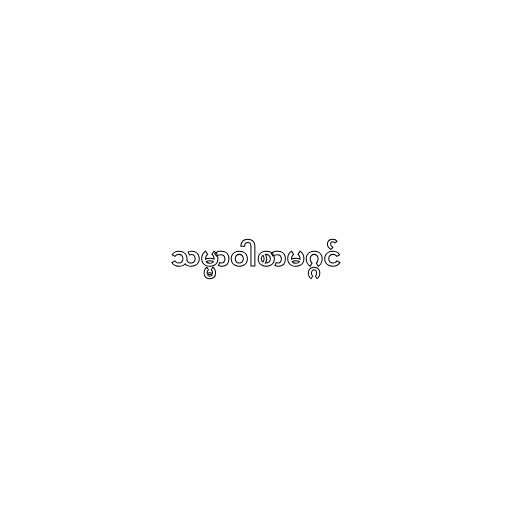
သမ္မာဝါစာမဂ္ဂင်